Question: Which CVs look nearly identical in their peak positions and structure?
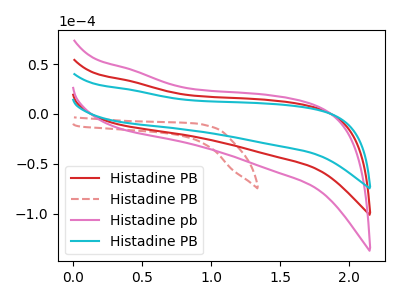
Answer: <think>The red curve "Histadine PB" has no peaks. The red dashed curve "Histadine PB" has no peaks. The pink curve "Histadine pb" has no peaks. The cyan curve "Histadine PB" has no peaks.
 Neither "Histadine PB" or "Histadine PB" have any peaks. Neither "Histadine PB" or "Histadine pb" have any peaks. Neither "Histadine PB" or "Histadine PB" have any peaks. Neither "Histadine PB" or "Histadine pb" have any peaks. Neither "Histadine PB" or "Histadine PB" have any peaks. Neither "Histadine pb" or "Histadine PB" have any peaks.</think>
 <answer>"Histadine PB", "Histadine PB", "Histadine PB" and "Histadine pb" have the same shape and are likely CV's of the same chemical.</answer>
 <eval>"Histadine PB" "Histadine PB" "Histadine PB" "Histadine pb"</eval>